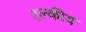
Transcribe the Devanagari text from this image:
श्ल्कीय